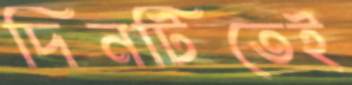
দিনটিতেই